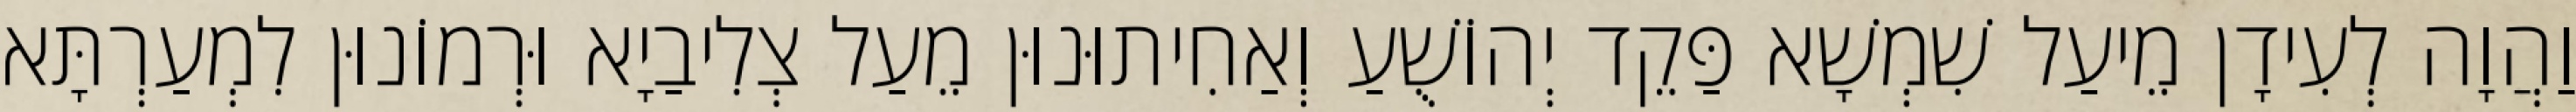
וַהֲוָה לְעִידָן מֵיעַל שִׁמְשָׁא פַּקֵד יְהוֹשֻׁעַ וְאַחִיתוּנוּן מֵעַל צְלִיבַיָא וּרְמוֹנוּן לִמְעַרְתָּא